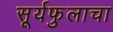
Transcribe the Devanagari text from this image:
सूर्यफुलाचा